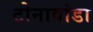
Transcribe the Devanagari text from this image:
टोनावांडा